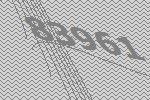
83961